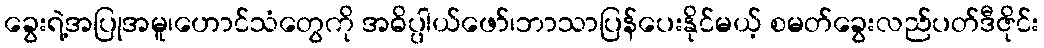
ခွေးရဲ့အပြုအမူ၊ဟောင်သံတွေကို အဓိပ္ပါယ်ဖော်၊ဘာသာပြန်ပေးနိုင်မယ့် စမတ်ခွေးလည်ပတ်ဒီဇိုင်း